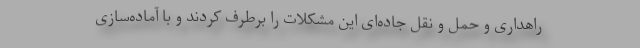
راهداری و حمل و نقل جاده‌ای این مشکلات را برطرف کردند و با آماده‌سازی